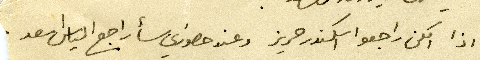
اذا امكن راجعوا اسكندر حريز وعند حضورى سأراجع الياس اسعد